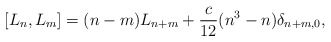
\begin{align*}[L_{n},L_{m}]=(n-m)L_{n+m} + \frac{c}{12}(n^{3}-n){\delta}_{n+m,0} ,\end{align*}